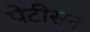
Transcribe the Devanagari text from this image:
पेटीसन